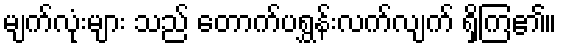
မျက်လုံးများ သည် တောက်ပရွှန်းလက်လျက် ရှိကြ၏။